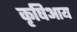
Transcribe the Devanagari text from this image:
कृषिआय